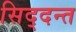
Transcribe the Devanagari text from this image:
सिद्दन्त